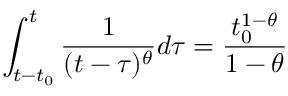
\int _ { t - t _ { 0 } } ^ { t } \frac { 1 } { ( t - \tau ) ^ { \theta } } d \tau = \frac { t _ { 0 } ^ { 1 - \theta } } { 1 - \theta }